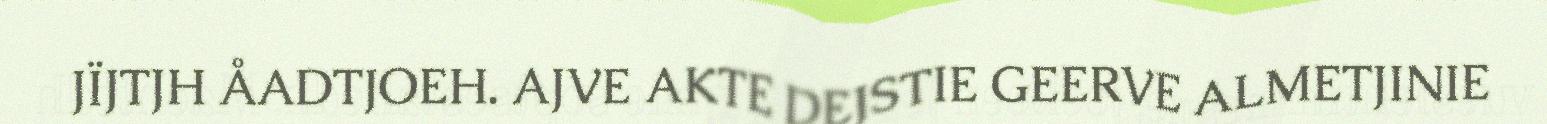
JÏJTJH ÅADTJOEH. AJVE AKTE DEJSTIE GEERVE ALMETJINIE